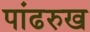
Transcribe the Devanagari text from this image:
पांढरुख